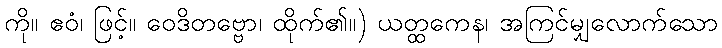
ကို။ ဧဝံ၊ ဖြင့်။ ဝေဒိတဗ္ဗော၊ ထိုက်၏။) ယတ္ထကေန၊ အကြင်မျှလောက်သော